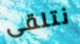
نتلقى